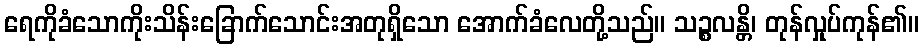
ရေကိုခံသောကိုးသိန်းခြောက်သောင်းအတုရှိသော အောက်ခံလေတို့သည်။ သဉ္စလန္တိ၊ တုန်လှုပ်ကုန်၏။